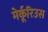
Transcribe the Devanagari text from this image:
मेर्कूरिउस